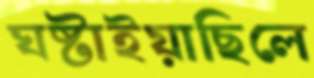
ঘষ্‌টাইয়াছিলে